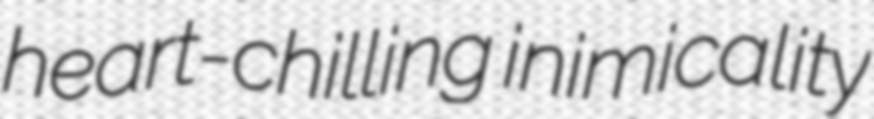
heart-chilling inimicality